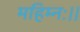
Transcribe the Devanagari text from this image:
महिम्नः।।